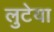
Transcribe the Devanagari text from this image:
लुटेया